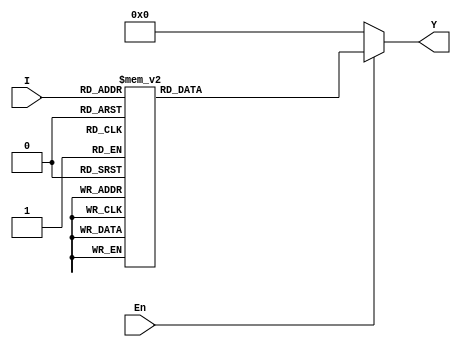
`timescale 1ns / 1ps
//////////////////////////////////////////////////////////////////////////////////
// Company: 
// Engineer: 
// 
// Design Name: 
// Module Name: DEC5T32E
// Project Name: 
// Target Devices: 
// Tool Versions: 
// Description: 
// 
// Dependencies: 
// 
// Revision:
// Revision 0.01 - File Created
// Additional Comments:
// 
//////////////////////////////////////////////////////////////////////////////////


module DEC5T32E(I,En,Y);
input [4:0]I;
input En;
output [31:0]Y;
function [31:0]select;
input [4:0]I;
input En;
begin
case(I)
5'b00000:select=32'b00000000000000000000000000000001;
5'b00001:select=32'b00000000000000000000000000000010;
5'b00010:select=32'b00000000000000000000000000000100;
5'b00011:select=32'b00000000000000000000000000001000;
5'b00100:select=32'b00000000000000000000000000010000;
5'b00101:select=32'b00000000000000000000000000100000;
5'b00110:select=32'b00000000000000000000000001000000;
5'b00111:select=32'b00000000000000000000000010000000;
5'b01000:select=32'b00000000000000000000000100000000;
5'b01001:select=32'b00000000000000000000001000000000;
5'b01010:select=32'b00000000000000000000010000000000;
5'b01011:select=32'b00000000000000000000100000000000;
5'b01100:select=32'b00000000000000000001000000000000;
5'b01101:select=32'b00000000000000000010000000000000;
5'b01110:select=32'b00000000000000000100000000000000;
5'b01111:select=32'b00000000000000001000000000000000;
5'b10000:select=32'b00000000000000010000000000000000;
5'b10001:select=32'b00000000000000100000000000000000;
5'b10010:select=32'b00000000000001000000000000000000;
5'b10011:select=32'b00000000000010000000000000000000;
5'b10100:select=32'b00000000000100000000000000000000;
5'b10101:select=32'b00000000001000000000000000000000;
5'b10110:select=32'b00000000010000000000000000000000;
5'b10111:select=32'b00000000100000000000000000000000;
5'b11000:select=32'b00000001000000000000000000000000;
5'b11001:select=32'b00000010000000000000000000000000;
5'b11010:select=32'b00000100000000000000000000000000;
5'b11011:select=32'b00001000000000000000000000000000;
5'b11100:select=32'b00010000000000000000000000000000;
5'b11101:select=32'b00100000000000000000000000000000;
5'b11110:select=32'b01000000000000000000000000000000;
5'b11111:select=32'b10000000000000000000000000000000;
endcase
case(En)
1'b0:select=32'b00000000000000000000000000000000;
endcase
end
endfunction
assign Y=select(I,En);
endmodule